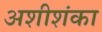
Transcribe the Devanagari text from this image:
अशीशंका